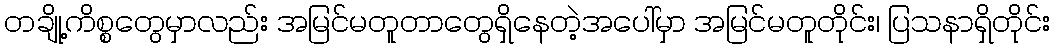
တချို့ကိစ္စတွေမှာလည်း အမြင်မတူတာတွေရှိနေတဲ့အပေါ်မှာ အမြင်မတူတိုင်း၊ ပြသနာရှိတိုင်း